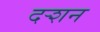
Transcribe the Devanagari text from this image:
दर्‍शन